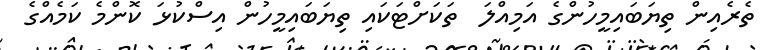
ތެރެއިން ތިޔަބައިމީހުންގެ އަމިއްލަ  ތަކަށްޓަކައި ތިޔަބައިމީހުން އިސްކުޅަ ކޮންމެ ކަމެއްގެ